画像に写った文字を読んでください
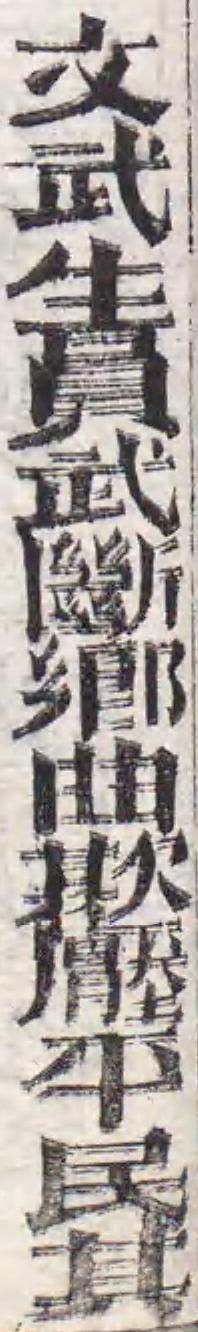
「文武生員武斷鄕曲欺壓平民其」と書いてあります